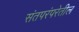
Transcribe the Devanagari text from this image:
संतपरंपरेतील